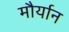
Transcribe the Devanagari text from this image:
मौर्यान